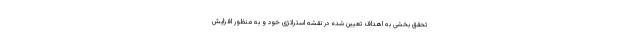
تحقق بخشی به اهداف تعیین شده در نقشه استراتژی خود و به منظور افزایش